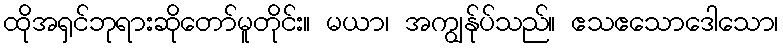
ထိုအရှင်ဘုရားဆိုတော်မူတိုင်း။ မယာ၊ အကျွန်ုပ်သည်။ ဧသဧသောဒေါသော၊